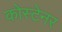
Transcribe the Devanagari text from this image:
कोस्टेनर